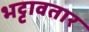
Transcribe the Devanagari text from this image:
भट्टावतार